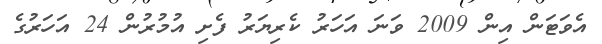
އެވަޓަން އިން 2009 ވަނަ އަހަރު ކެރިޔަރު ފެށި އުމުރުން 24 އަހަރުގެ